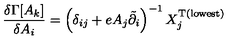
\frac { \delta \Gamma [ A _ { k } ] } { \delta A _ { i } } = \left( \delta _ { i j } + e A _ { j } \tilde { \partial } _ { i } \right) ^ { - 1 } X _ { j } ^ { \mathrm { T } \mathrm { ( l o w e s t ) } }